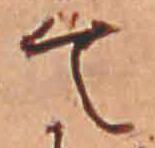
て